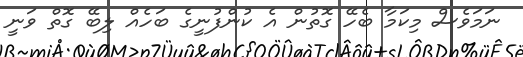
ނަމަވެސް މިކަމާ ބެހޭ ގޮތުން އެ ކުންފުނީގެ ބަހެއް ލިބޭ ގޮތް ވަނީ